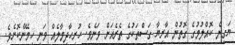
ޔަގީން ކޮއްލުމުގެ ގޮތުން އާރިޔާ ގަސްތަކުގެ ތެރެއަށް ވަނެވެ. ހުރިހާދިމާލެއް ވަނީ ހިމޭންކޮށެވެ.